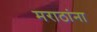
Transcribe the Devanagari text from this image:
मराठांना